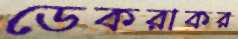
ডেকরাকর